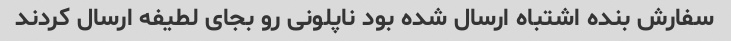
سفارش بنده اشتباه ارسال شده بود ناپلونی رو بجای لطیفه ارسال کردند